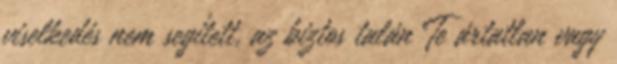
viselkedés nem segített, az biztos talán Te ártatlan vagy